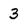
Character: 3